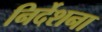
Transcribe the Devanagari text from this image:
निर्देशना